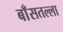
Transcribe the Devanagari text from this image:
बाँसतल्‍ला